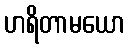
ဟရိတာမယော